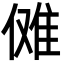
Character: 傩